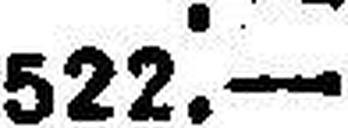
522.—